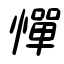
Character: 憚